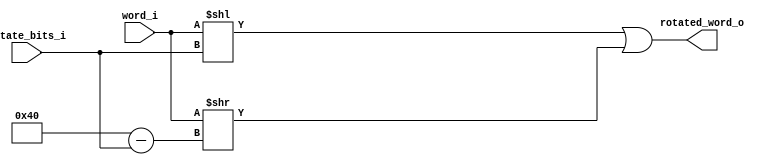
module rotator (
	input [63:0] word_i,
	input [5:0] rotate_bits_i,
	
	output [63:0] rotated_word_o
    );
	 
reg [63:0] rotated_word;
	 
assign rotated_word_o = rotated_word;

always @(*) begin
	rotated_word = (word_i << rotate_bits_i) | (word_i >> (7'd64 - rotate_bits_i));
end

endmodule